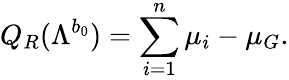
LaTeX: Q_{R}(\Lambda^{b_{0}})=\sum_{i=1}^{n}\mu_{i}-\mu_{G}.